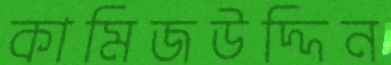
কামিজউদ্দিন